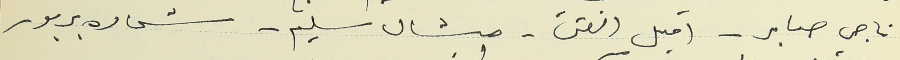
ناجي صابر - اميل الفتى- ميشال سليم - شحاده بربور